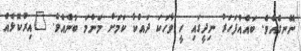
ނޭނގެއެވެ. ބައެއްފަހަރު ނިދީގައި ހީ ވާހަކަ ދައްކާ ކަމަށް މަންމަ ބުނެއެވެ. "އިރުކޮޅެއް